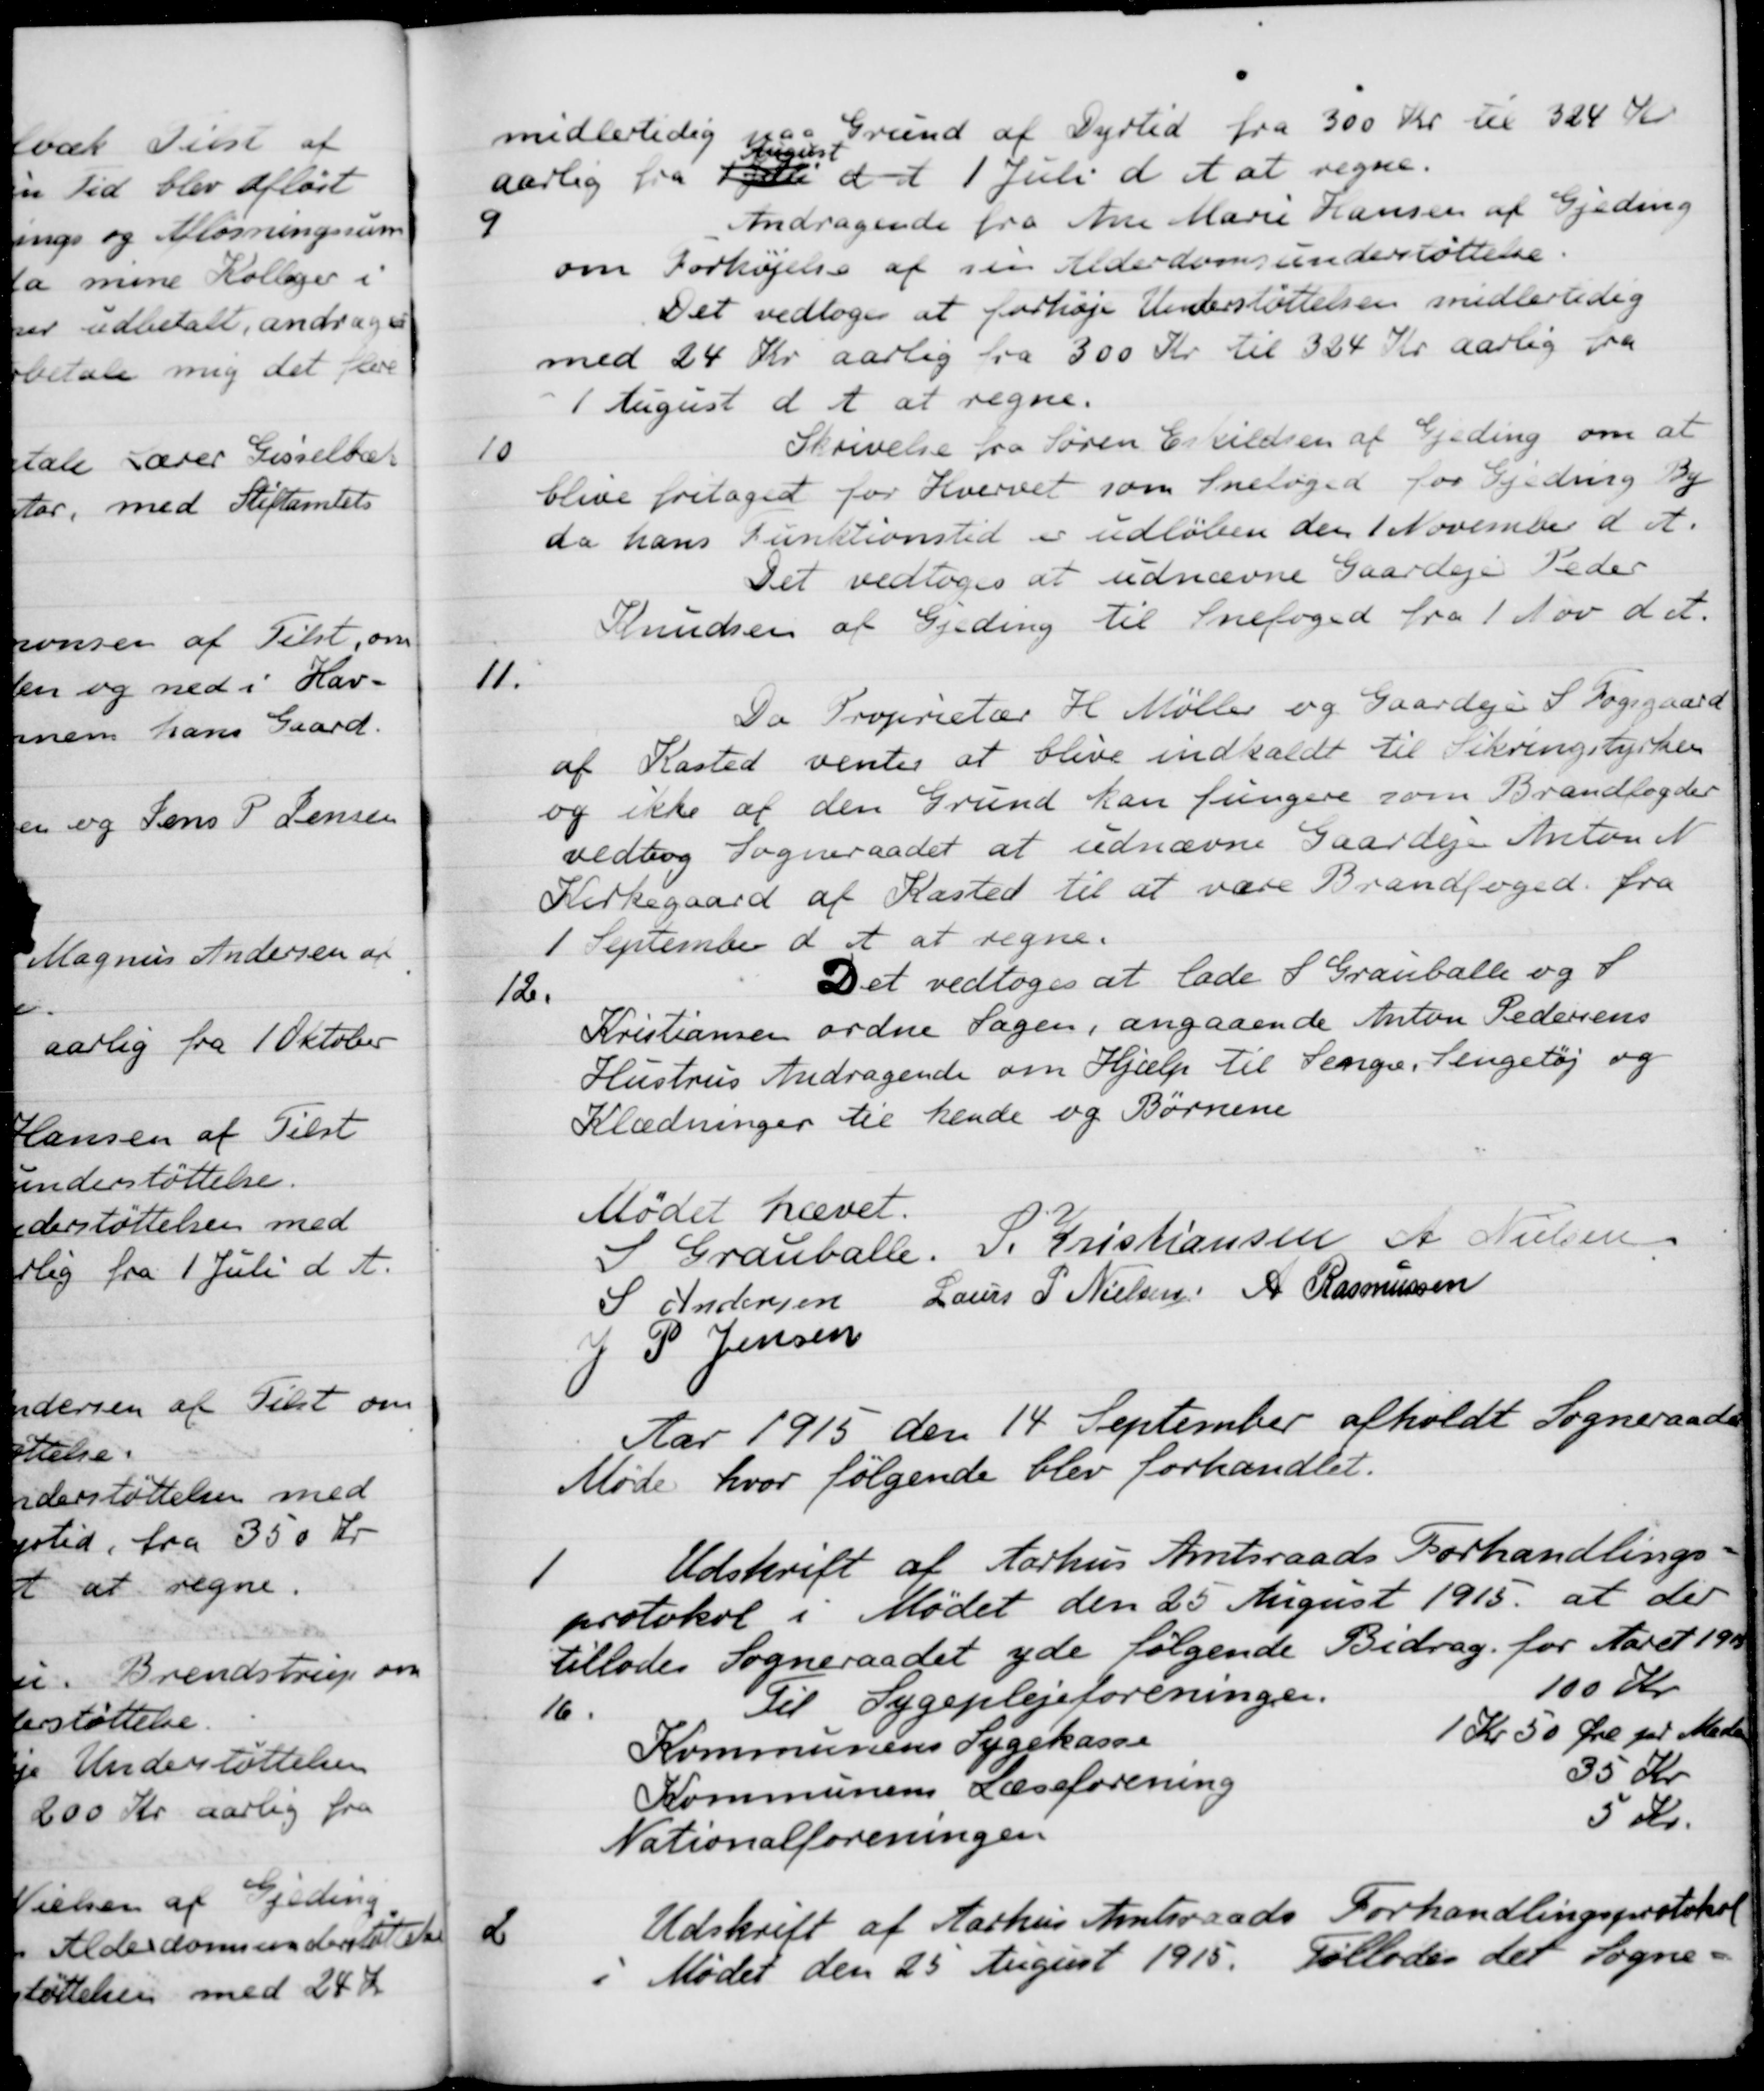
Transskription:
midlertidig paa Grund af Dyrtid fra 300 Kr til 324 Kr
aarlig fra 1 Juli
August
d A. 1 Juli d A at regne.
9
Andragende fra Ane Marie Hansen af Gjeding
om Forhøjelse af sin Alderdomsunderstøttelse
Det vedtoges at forhøje Understøttelsen midlertidig
med 24 Kr aarlig fra 300 Kr til 324 Kr aarlig fra
1 August d. A. at regne.
10
Skrivelse fra Søren Errildsen af Gjeding om at
blive fritaget for Hvervet som Snefoged for Gjeding By
da hans Funktionstid er udløben den 1 November d. A.
Det vedtoges at udnævne Gaardejer Peder
Knudsen af Gjeding til Snefoged fra 1 Nov. d. A.
11.
Da Proprietær H. Møller og Gaardejer S. Fogsgaard
af Kasted venter at blive indkaldt til Sikringstyrken
og ikke af den Grund kan fungere som Brandfogder
vedtog Sogneraadet at udnævne Gaardejer Anton N
Kirkegaard af Kasted til at være Brandfoged fra
1 September d A at regne.
12.
Det vedtoges at lade S. Grauballe og S.
Kristiansen ordne Sagen, angaaende Anton Pedersens
Hustrus Andragende om Hjælp til Senge, Sengetøj og
Klædninger til hende og Børnene
Mødet hævet.
S Grauballe.
S. Kristiansen
A. Nielsen
S Andersen
Laurs P Nielsen
A Rasmussen
J P. Jensen
Aar 1915 den 14 September afholdt Sogneraadet
Møde hvor følgende blev forhandlet.
1
Udskrift af Aarhus Amtsraads Forhandlings-
protokol i Mødet den 25 August 1915 at der
tillodes Sogneraadet yde følgende Bidrag for Aaret 1915/
16
Til Sygeplejeforeningen.
100 Kr
Kommunens Sygekasse
1 Kr 50 Øre pr Meds
Kommunens Læseforening
35 Kr
Nationalforeningen
5 Kr.
2
Udskrift af Aarhus Amtsraads Forhandlingsprotokol
Mødet den 25 August 1915. Tillades det Sogne-